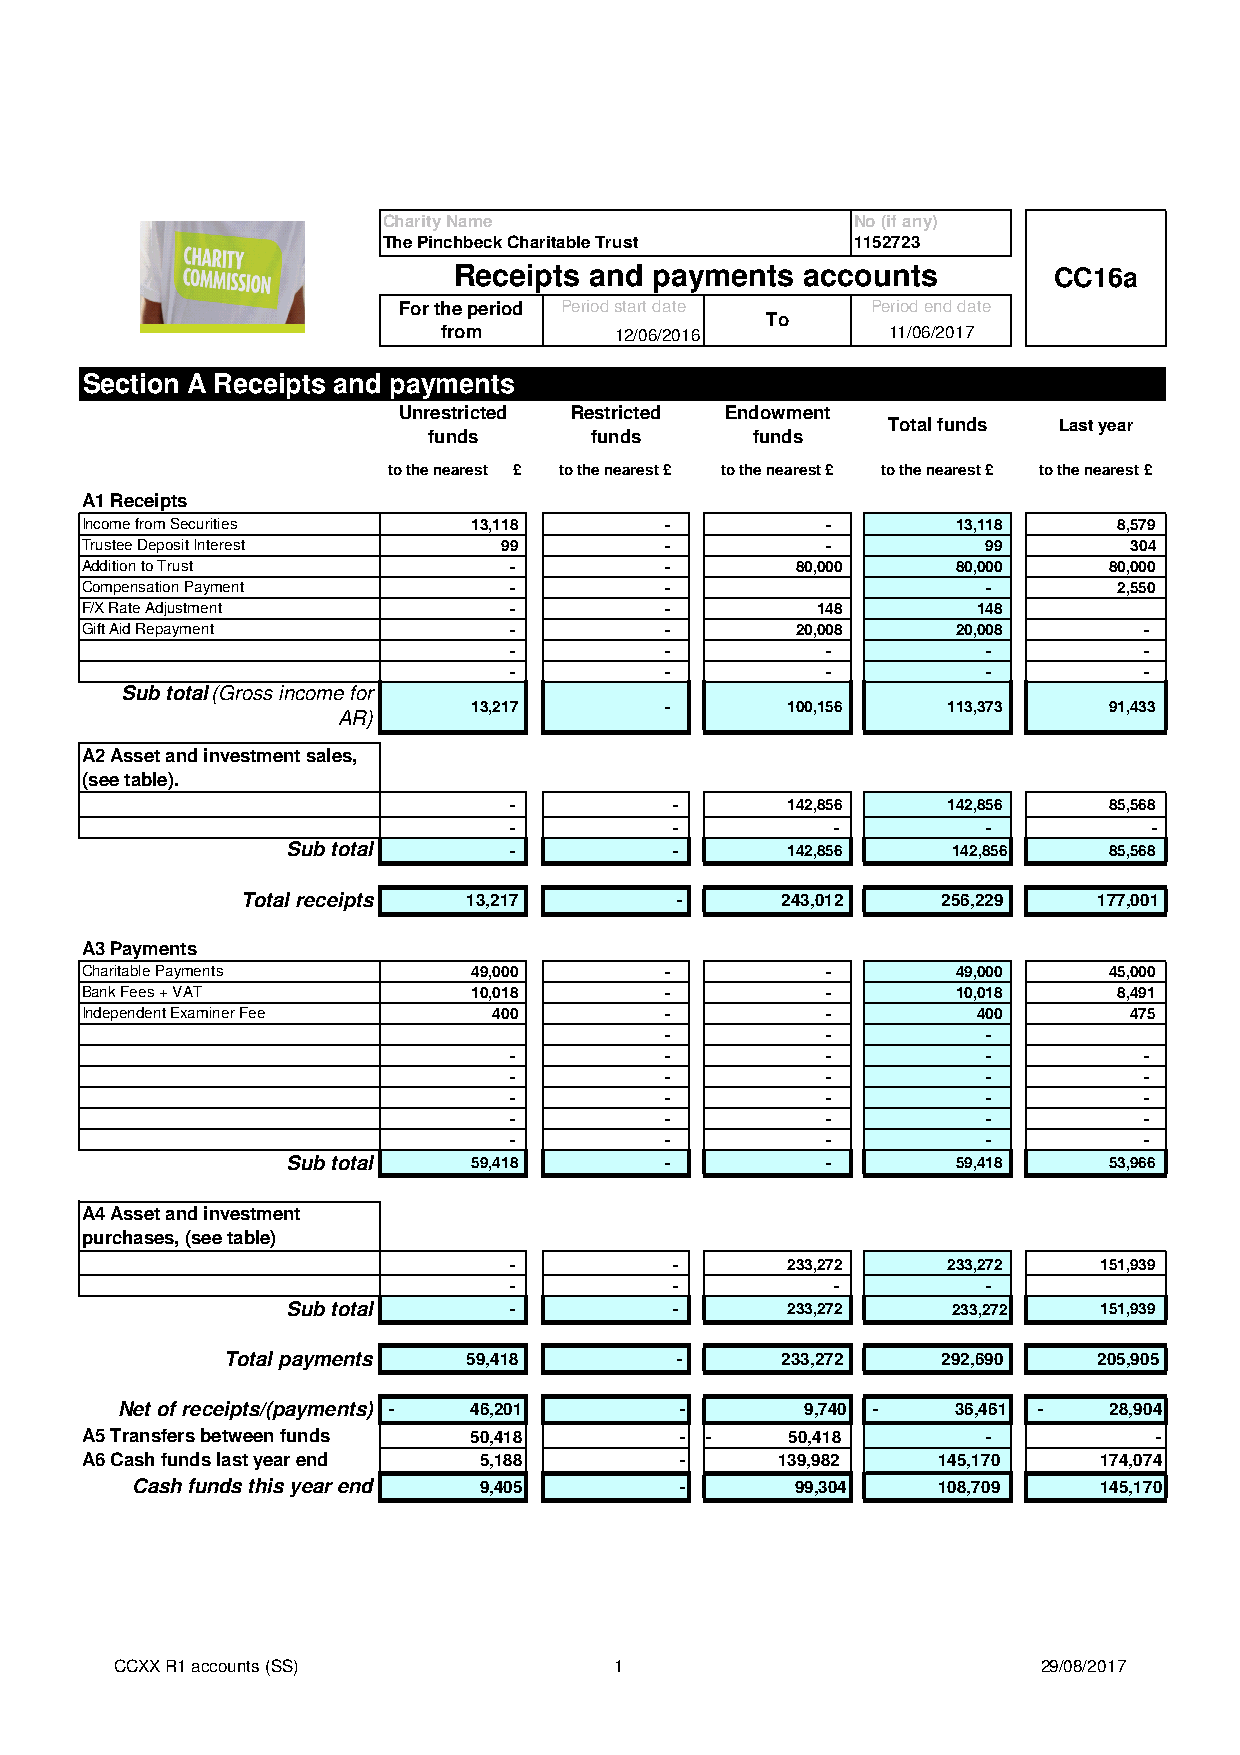
Charity Name                    No (if any)
 The Pinchbeck Charitable Trust  1152723
 Receipts and payments  accounts         CC16a
 For the period Period start date Period end date
 To
 from        12/06/2016        11/06/2017
 Section A Receipts and payments
 Unrestricted Restricted Endowment
 Total funds Last year
 funds      funds      funds
 to the nearest £ to the nearest £ to the nearest £ to the nearest £ to the nearest £
 A1 Receipts
 Income from Securities    13,118       -          -       13,118     8,579
 Trustee Deposit Interest    99         -          -         99        304
 Addition to Trust            -         -        80,000    80,000    80,000
 Compensation Payment         -         -                    -        2,550
 F/X Rate Adjustment          -         -         148        148
 Gift Aid Repayment           -         -        20,008    20,008       -
 -         -          -         -          -
 -         -          -         -          -
 Sub total(Gross income for
 13,217       -       100,156    113,373   91,433
 AR)
 A2 Asset and investment sales,
 (see table).
 -          -      142,856    142,856   85,568
 -          -         -         -          -
 Sub total      -          -      142,856    142,856   85,568
 Total receipts 13,217        -      243,012   256,229    177,001
 A3 Payments
 Charitable Payments       49,000       -          -       49,000    45,000
 Bank Fees + VAT           10,018       -          -       10,018     8,491
 Independent Examiner Fee    400        -          -         400       475
 -          -         -
 -         -          -         -          -
 -         -          -         -          -
 -         -          -         -          -
 -         -          -         -          -
 -         -          -         -          -
 Sub total   59,418       -          -       59,418    53,966
 A4 Asset and investment
 purchases, (see table)
 -          -      233,272    233,272   151,939
 -          -         -         -
 Sub total      -          -      233,272    233,272   151,939
 Total payments  59,418        -      233,272   292,690    205,905
 Net of receipts/(payments) - 46,201  -       9,740 -   36,461 -  28,904
 A5 Transfers between funds 50,418       - -    50,418       -           -
 A6 Cash funds last year end 5,188       -      139,982   145,170    174,074
 Cash funds this year end 9,405      -       99,304   108,709    145,170
 CCXX R1 accounts (SS)            1                           29/08/2017